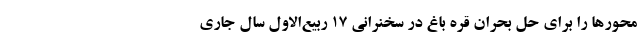
محورها را برای حل بحران قره باغ در سخنرانی ۱۷ ربیع‌الاول سال جاری